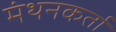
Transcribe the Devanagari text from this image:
मंथनकर्ता